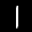
Label: 1